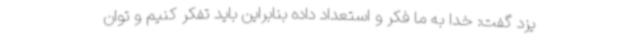
یزد گفت: خدا به ما فکر و استعداد داده بنابراین باید تفکر کنیم و توان